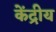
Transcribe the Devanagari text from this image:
केंद्रीय